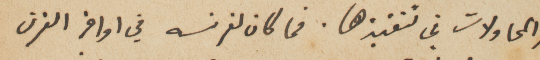
والمحاولات في تنفيذها. فما كان لفرنسه في اواخر القرن